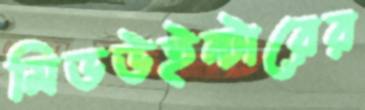
মিডউইন্টারের